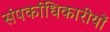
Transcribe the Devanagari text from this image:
संपर्काधिकारीयों